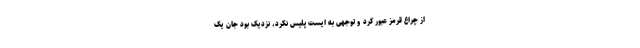
از چراغ قرمز عبور کرد و توجهی به ایست پلیس نکرد، نزدیک بود جان یک